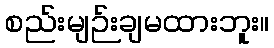
စည်းမျဉ်းချမထားဘူး။